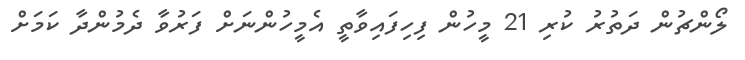
ލޯންޗުން ދަތުރު ކުރި 21 މީހުން ފިހިފައިވާތީ އެމީހުންނަށް ފަރުވާ ދެމުންދާ ކަމަށް